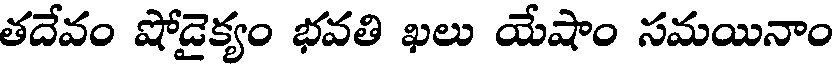
తదేవం షోడైక్యం భవతి ఖలు యేషాం సమయినాం